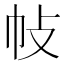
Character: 𢁵